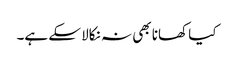
کیا کھانا بھی نہ نکالا سکے ہے۔